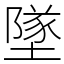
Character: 墜